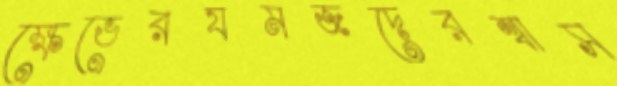
ক্ষেভেরযমজদেরশ্বাস